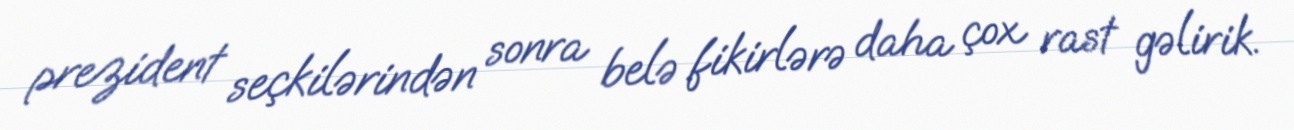
prezident seçkilərindən sonra belə fikirlərə daha çox rast gəlirik.